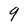
Character: 9